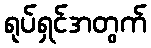
ရုပ်ရှင်အတွက်